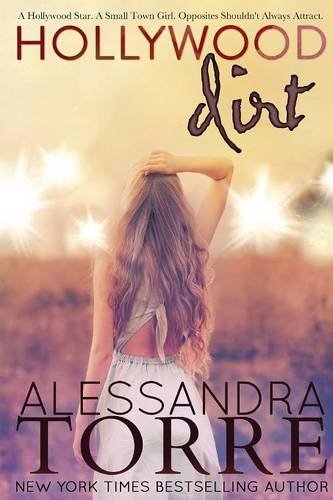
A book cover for Hollywood Dirt; Alessandra Torre; Romance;